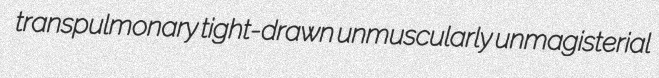
transpulmonary tight-drawn unmuscularly unmagisterial